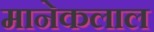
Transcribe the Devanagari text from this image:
मानेकलाल